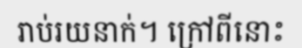
រាប់រយនាក់។ ក្រៅពីនោះ